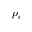
\rho _ { c }